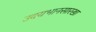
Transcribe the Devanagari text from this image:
उदयभानसारखा